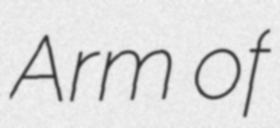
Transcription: Arm of